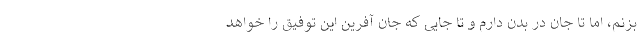
بزنم، اما تا جان در بدن دارم و تا جایی که جان آفرین این توفیق را خواهد